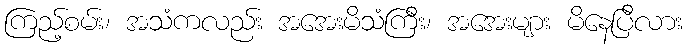
ကြည့်စမ်း၊ အသံကလည်း အအေးမိသံကြီး၊ အအေးများ မိနေပြီလား